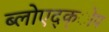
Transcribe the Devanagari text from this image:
ब्लोएद्क्ोप